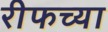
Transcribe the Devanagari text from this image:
रीफच्या